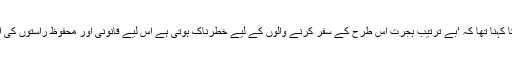
آئی او ایم کے گلوبل ڈیٹا اینالسز سینٹر کے ڈائریکٹر ڈاکٹر فرینک لیکزکو کا کہنا تھا کہ ‘بے ترتیب ہجرت اس طرح کے سفر کرنے والوں کے لیے خطرناک ہوتی ہے اس لیے قانونی اور محفوظ راستوں کی اشد ضرورت ہے تاکہ اس طرف آنے والے افراد کی تعداد کو کم کیا جائے۔